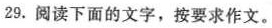
29.阅读下面的文字，按要求作文。